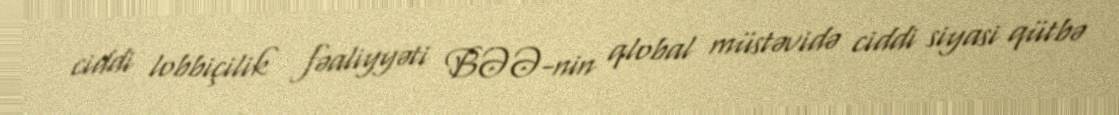
ciddi lobbiçilik fəaliyyəti BƏƏ-nin qlobal müstəvidə ciddi siyasi qütbə